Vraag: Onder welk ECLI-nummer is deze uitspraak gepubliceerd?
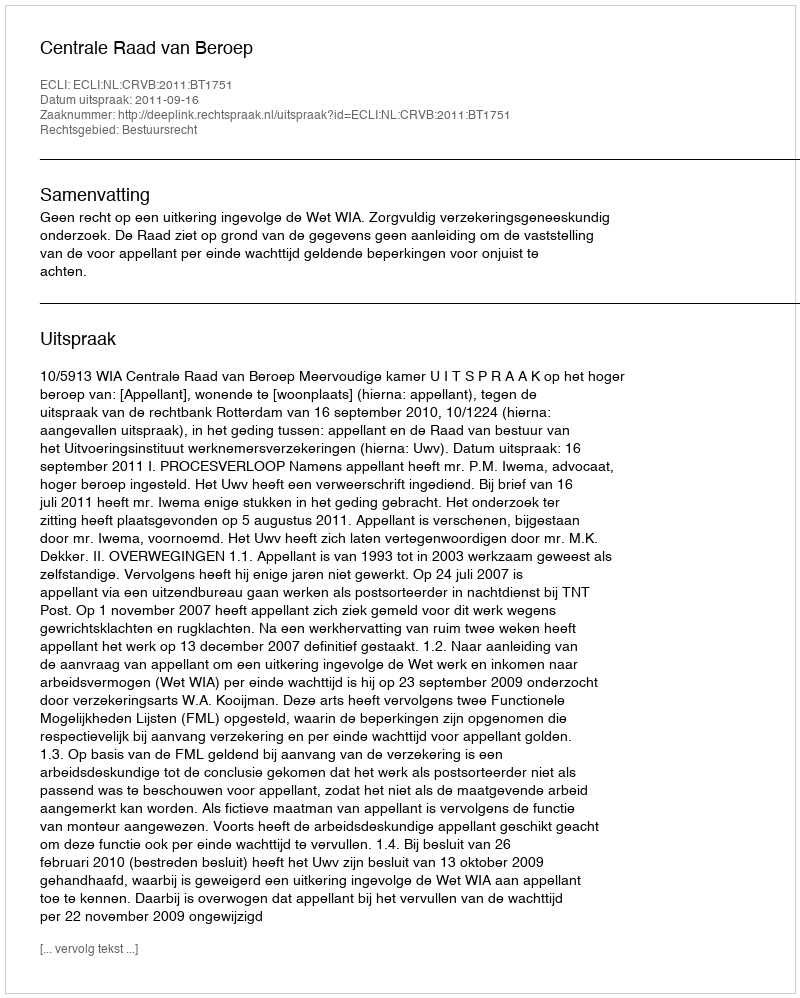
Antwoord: ECLI:NL:CRVB:2011:BT1751